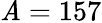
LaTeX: \mathit{A}=157